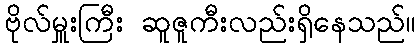
ဗိုလ်မှူးကြီး ဆူဇူကီးလည်းရှိနေသည်။